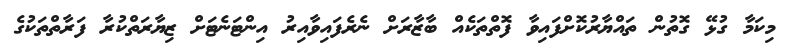
މިކަމާ ގުޅޭ ގޮތުން ތައްޔާރުކޮށްފައިވާ ފޮތްތަކެއް ބާޒާރަށް ނެރެފައިވާއިރު އިންޓަނެޓަށް ޒިޔާރަތްކުރާ ފަރާތްތަކުގެ